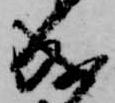
成